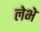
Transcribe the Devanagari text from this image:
लेभे